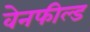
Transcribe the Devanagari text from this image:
वेनफील्ड